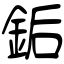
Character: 銗